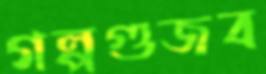
গল্পগুজব